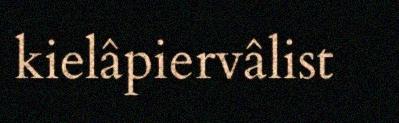
kielâpiervâlist